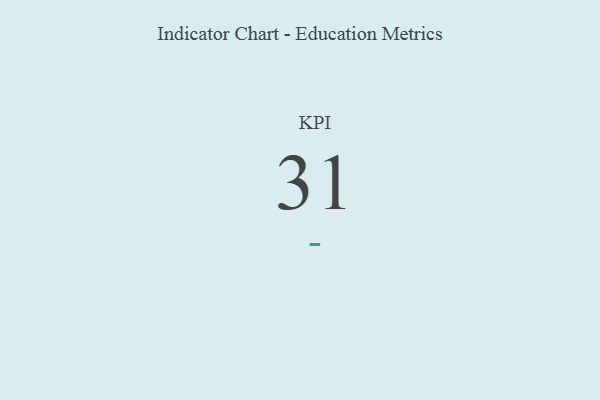
{"axis": {"x": "KPI", "y": "Value"}, "legend": [""], "data": [{"x": "KPI", "y": 31, "type": ""}]}